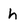
Character: h